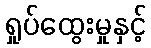
ရှုပ်ထွေးမှုနှင့်